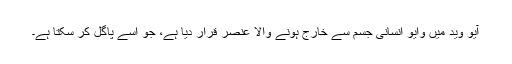
آیو وید میں وایو انسانی جسم سے خارج ہونے والا عنصر قرار دیا ہے، جو اسے پاگل کر سکتا ہے۔